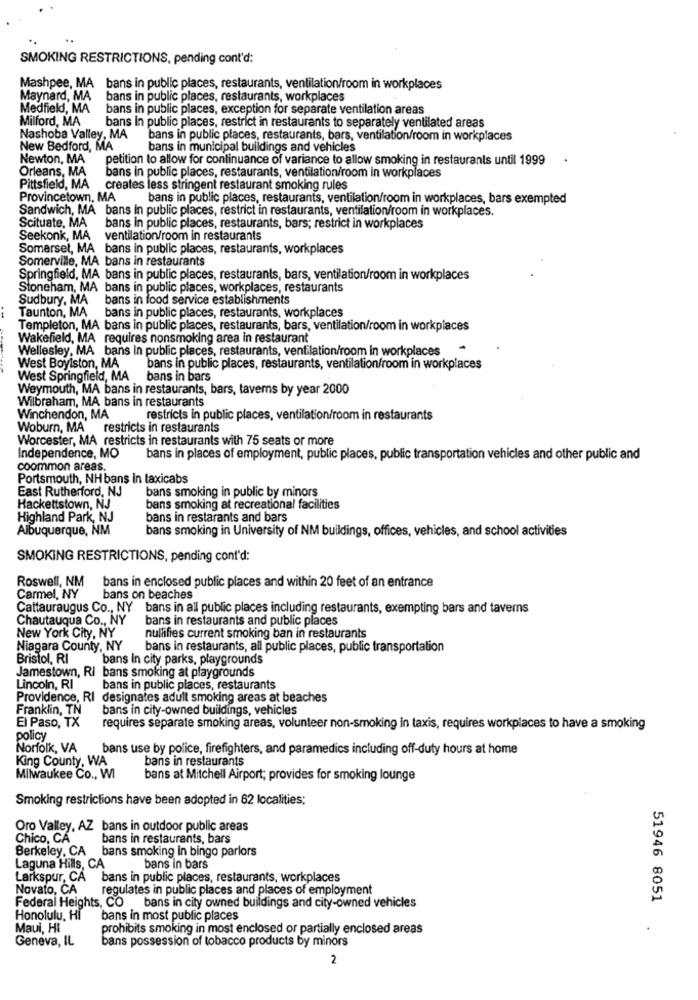
SMOKING RESTRICTIONS, pending cont'd:
Mashpee, MA bans in public places, restaurants, ventilation/room in workplaces
Maynard, MA bans in public places, restaurants, workplaces
Medfield, MA bans in public places, exception for separate ventilation areas
Milford, MA
bans In public places, restrict in restaurants to separately ventilated areas
Nashoba Valley, MA
bans in public places, restaurants, bars, ventilation/room in workplaces
New Bedford, MA
bans in municipal buildings and vehicles
Newton, MA
petition to allow for continuance of variance to allow smoking in restaurants until 1999
Orleans, MA
bans in public places, restaurants, ventilation/room in workplaces
Pittsfield, MA creates less stringent restaurant smoking rules
Provincetown, MA
bans in public places, restaurants, ventilation/room in workplaces, bars exempted
Sandwich, MA bans in public places, restrict in restaurants, ventilation/room in workplaces.
Scituate, MA
bans in public places, restaurants, bars; restrict in workplaces
Seekonk, MA
ventilation/room in restaurants
Somerset, MA bans in public places, restaurants, workplaces
Somerville, MA bans in restaurants
Springfield, MA bans in public places, restaurants, bars, ventilation/room in workplaces
Stoneham, MA bans in public places, workplaces, restaurants
Sudbury, MA bans in food service establishments
Taunton, MA bans in public places, restaurants, workplaces
Templeton, MA bans in public places, restaurants, bars, ventilation/room in workplaces
Wakefield, MA requires nonsmoking area in restaurant
Wellesley, MA bans in public places, restaurants, ventilation/room in workplaces
West Boylston, MA
bans in public places, restaurants, ventilation/room in workplaces
West Springfield, MA bans in bars
Weymouth, MA bans in restaurants, bars, taverns by year 2000
Wilbraham, MA bans in restaurants
Winchendon, MA
restricts in public places, ventilation/room in restaurants
Woburn, MA" restricts in restaurants
Worcester, MA restricts in restaurants with 75 seats or more
Independence, MO
bans in places of employment, public places, public transportation vehicles and other public and
coommon areas.
Portsmouth, NH bans in taxicabs
East Rutherford, NJ
bans smoking in public by minors
Hackettstown, NJ
bans smoking at recreational facilities
Highland Park, NJ
bans in restarants and bars
Albuquerque, NM
bans smoking in University of NM buildings, offices, vehicles, and school activities
SMOKING RESTRICTIONS, pending cont'd:
Roswell, NM
bans in enclosed public places and within 20 feet of an entrance
Carmel, NY
bans on beaches
Cattauraugus Co ., NY bans in all public places including restaurants, exempting bars and taverns
Chautauqua Co ., NY
bans in restaurants and public places
New York City, NY
nullifies current smoking ban in restaurants
Niagara County, NY
bans in restaurants, all public places, public transportation
Bristol, RI
bans In city parks, playgrounds
Jamestown, RI bans smoking at playgrounds
Lincoln, RI
bans in public places, restaurants
Providence, RI designates adult smoking areas at beaches
Franklin, TN
bans in city-owned buildings, vehicles
El Paso, TX
requires separate smoking areas, volunteer non-smoking in taxis, requires workplaces to have a smoking
policy
Norfolk, VA
bans use by police, firefighters, and paramedics including off-duty hours at home
King County, WA
bans in restaurants
Milwaukee Co ., WI
bans at Mitchell Airport; provides for smoking lounge
Smoking restrictions have been adopted in 62 localities;
Oro Valley, AZ bans in outdoor public areas
Chico, CA
bans in restaurants, bars
Berkeley, CA
bans smoking in bingo parlors
Laguna Hills, CA
bans in bars
Larkspur, CA
bans in public places, restaurants, workplaces
Novato, CA
regulates in public places and places of employment
Federal Heights, CO
bans in city owned buildings and city-owned vehicles
51946 8051
Honolulu, Hi
bans in most public places
Maui, HI
prohibits smoking in most enclosed or partially enclosed areas
Geneva, IL
bans possession of tobacco products by minors
2